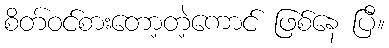
စိတ်ဝင်စားတော့တဲ့ကောင် ဖြစ်နေ ပြီ။